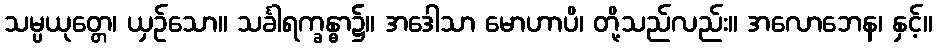
သမ္ပယုတ္တေ၊ ယှဉ်သော။ သင်္ခါရက္ခန္ဓာ၌။ အဒေါသာ မောဟာပိ၊ တို့သည်လည်း။ အလောဘေန၊ နှင့်။